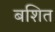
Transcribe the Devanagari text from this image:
बशित